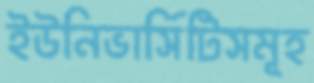
ইউনিভার্সিটিসমূহ